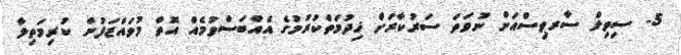
5- ސިވިލް ސާރވިސްއަށް ނުވަތަ ސަރުކާރަށް ޚިދުމަތްކުރުމުގެ އެއްބަސްވުމެއް އޮތް މުވައްޒަފުން ކުރިމަތިލާ